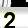
Digit: 2